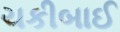
ચકીબાઈ